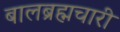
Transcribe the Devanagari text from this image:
बालब्रह्मचारी